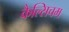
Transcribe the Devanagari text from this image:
कैल्सिचम